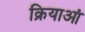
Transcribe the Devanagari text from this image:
क्रियाआं